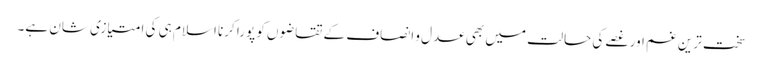
سخت ترین غم اور غصے کی حالت میں بھی عدل و انصاف کے تقاضوں کو پورا کرنا اسلام ہی کی امتیازی شان ہے۔